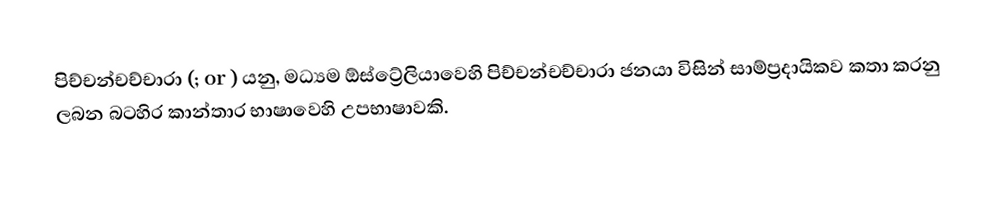
පිච්චන්චච්චාරා (;  or ) යනු, මධ්‍යම ඕස්ට්‍රේලියාවෙහි  පිච්චන්චච්චාරා ජනයා විසින් සාම්ප්‍රදායිකව කතා කරනු ලබන බටහිර කාන්තාර භාෂාවෙහි උපභාෂාවකි.